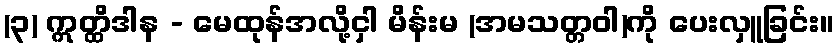
(၃) ဣတ္ထိဒါန - မေထုန်အလို့ငှါ မိန်းမ (အမသတ္တဝါ)ကို ပေးလှူခြင်း။